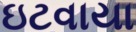
ઇટવાયા